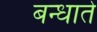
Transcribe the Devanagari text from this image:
बन्धाते